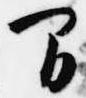
間